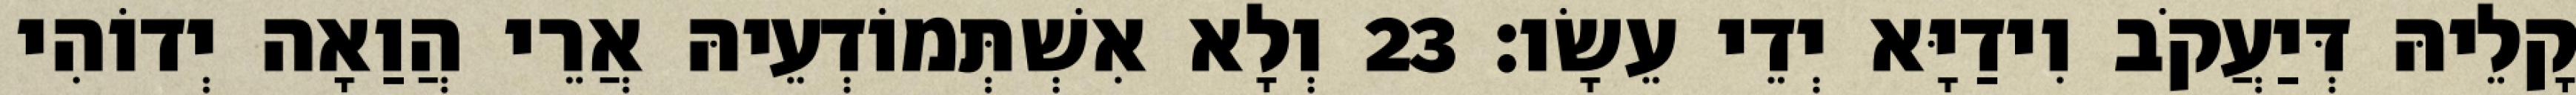
קָלֵיהּ דְּיַעֲקֹב וִידַיָּא יְדֵי עֵשָׂו׃ 23 וְלָא אִשְׁתְּמוֹדְעֵיהּ אֲרֵי הֲוַאָה יְדוֹהִי